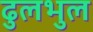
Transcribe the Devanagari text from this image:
ढुलभुल